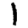
Digit: 1